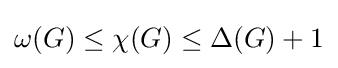
\omega (G)\leq \chi (G)\leq \Delta (G)+1